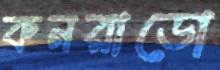
কনরাডো